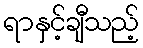
ရာနှင့်ချီသည့်